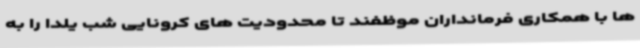
ها با همکاری فرمانداران موظفند تا محدودیت های کرونایی شب یلدا را به